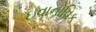
ઇવાનોવિક